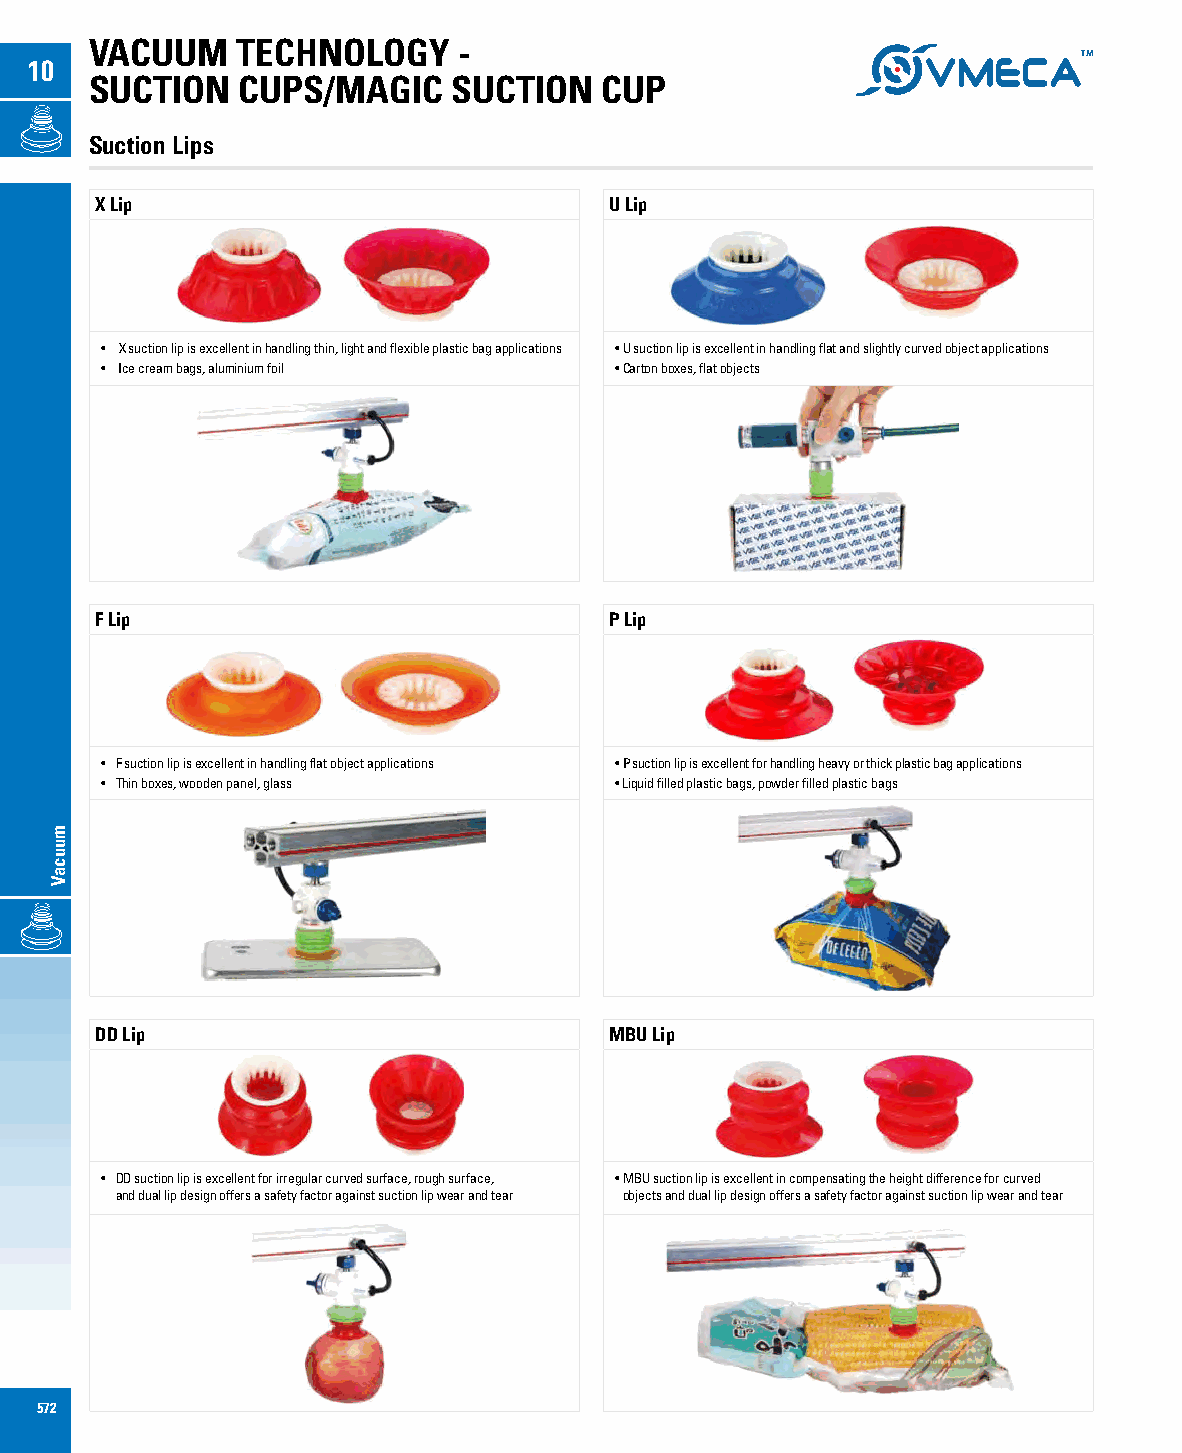
VACUUM    TECHNOLOGY    -
 10
 SUCTION   CUPS/MAGIC    SUCTION   CUP
 Suction Lips
 X Lip                             U Lip
 • X suction lip is excellent in handling thin, light and flexible plastic bag applications • U suction lip is excellent in handling flat and slightly curved object applications
 • Ice cream bags, aluminium foil  • Carton boxes, flat objects
 F Lip                             P Lip
 • F suction lip is excellent in handling flat object applications • P suction lip is excellent for handling heavy or thick plastic bag applications
 • Thin boxes, wooden panel, glass • Liquid filled plastic bags, powder filled plastic bags
 DD Lip                            MBU Lip
 • DD suction lip is excellent for irregular curved surface, rough surface, • MBU suction lip is excellent in compensating the height difference for curved
 and dual lip design offers a safety factor against suction lip wear and tear objects and dual lip design offers a safety factor against suction lip wear and tear
 572
 muucaV